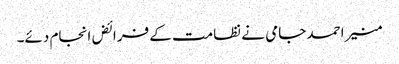
منیر احمد جامی نے نظامت کے فرائض انجام دئے۔